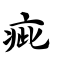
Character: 疵